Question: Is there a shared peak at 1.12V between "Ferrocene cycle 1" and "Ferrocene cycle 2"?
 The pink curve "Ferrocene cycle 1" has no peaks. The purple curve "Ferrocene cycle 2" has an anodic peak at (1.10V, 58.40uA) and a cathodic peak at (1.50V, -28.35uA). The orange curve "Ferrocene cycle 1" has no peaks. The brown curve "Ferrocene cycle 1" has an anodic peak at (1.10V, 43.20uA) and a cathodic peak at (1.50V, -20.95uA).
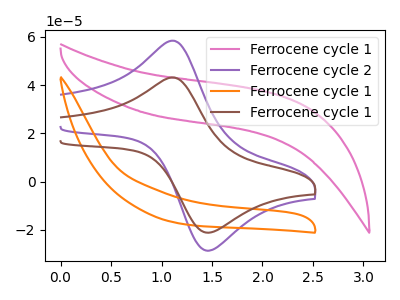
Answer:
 <answer>Yes, "Ferrocene cycle 1" and "Ferrocene cycle 2" share a peak at 1.12V.</answer>
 <eval>match</eval>